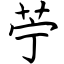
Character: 苧